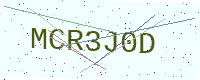
Text: MCR3J0D